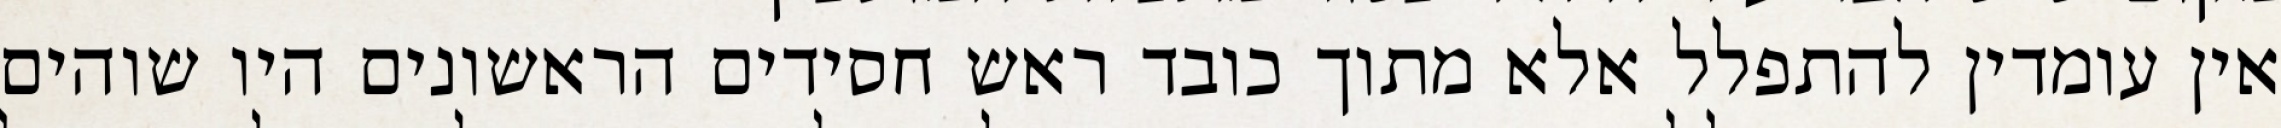
אין עומדין להתפלל אלא מתוך כובד ראש חסידים הראשונים היו שוהים